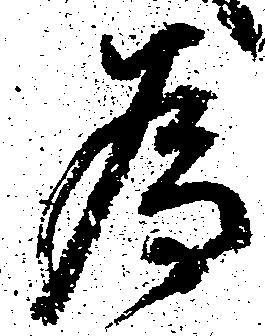
為